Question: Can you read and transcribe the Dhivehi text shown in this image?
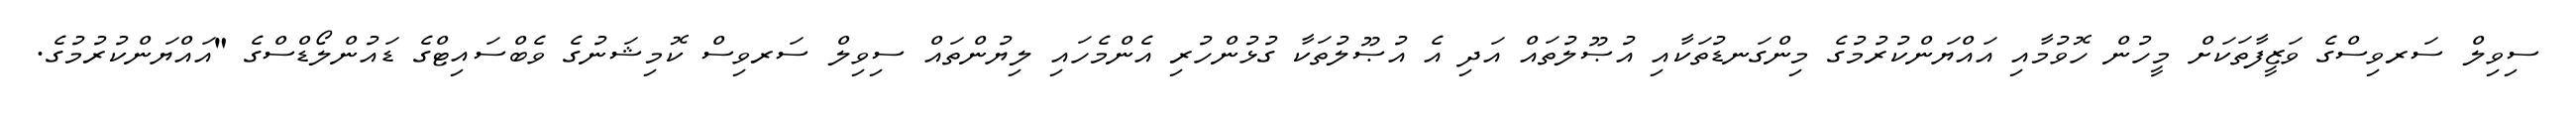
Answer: ސިވިލް ސަރވިސްގެ ވަޒީފާތަކަށް މީހުން ހޮވުމާއި އައްޔަންކުރުމުގެ މިންގަނޑުތަކާއި އުޞޫލުތައް އަދި އެ އުޞޫލުތަކާ ގުޅުންހުރި އެންމެހައި ލިޔުންތައް ސިވިލް ސަރވިސް ކޮމިޝަނުގެ ވެބްސައިޓްގެ ޑައުންލޯޑްސްގެ "އައްޔަންކުރުމުގެ.